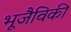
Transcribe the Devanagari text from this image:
भूजैविकी